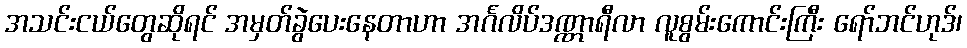
အသင်းငယ်တွေဆိုရင် အမှတ်ခွဲပေးနေတာဟာ အင်္ဂလိပ်ဒဏ္ဏာရီလာ လူစွမ်းကောင်းကြီး ရော်ဘင်ဟုဒ်၊